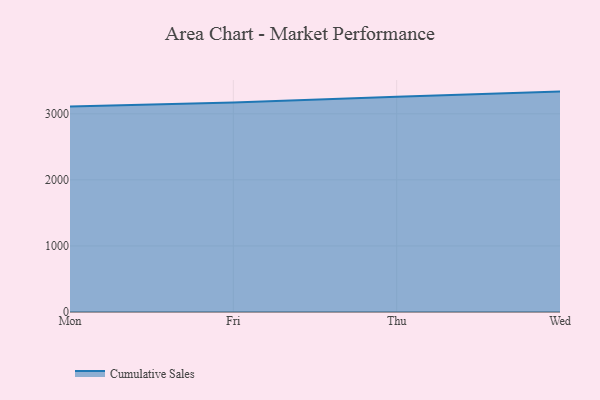
{"axis": {"x": "Day", "y": "Demand Index"}, "legend": ["Cumulative Sales"], "data": [{"x": "Mon", "y": 3112.3, "type": "Cumulative Sales"}, {"x": "Fri", "y": 3171.2, "type": "Cumulative Sales"}, {"x": "Thu", "y": 3260.5, "type": "Cumulative Sales"}, {"x": "Wed", "y": 3336.7, "type": "Cumulative Sales"}]}